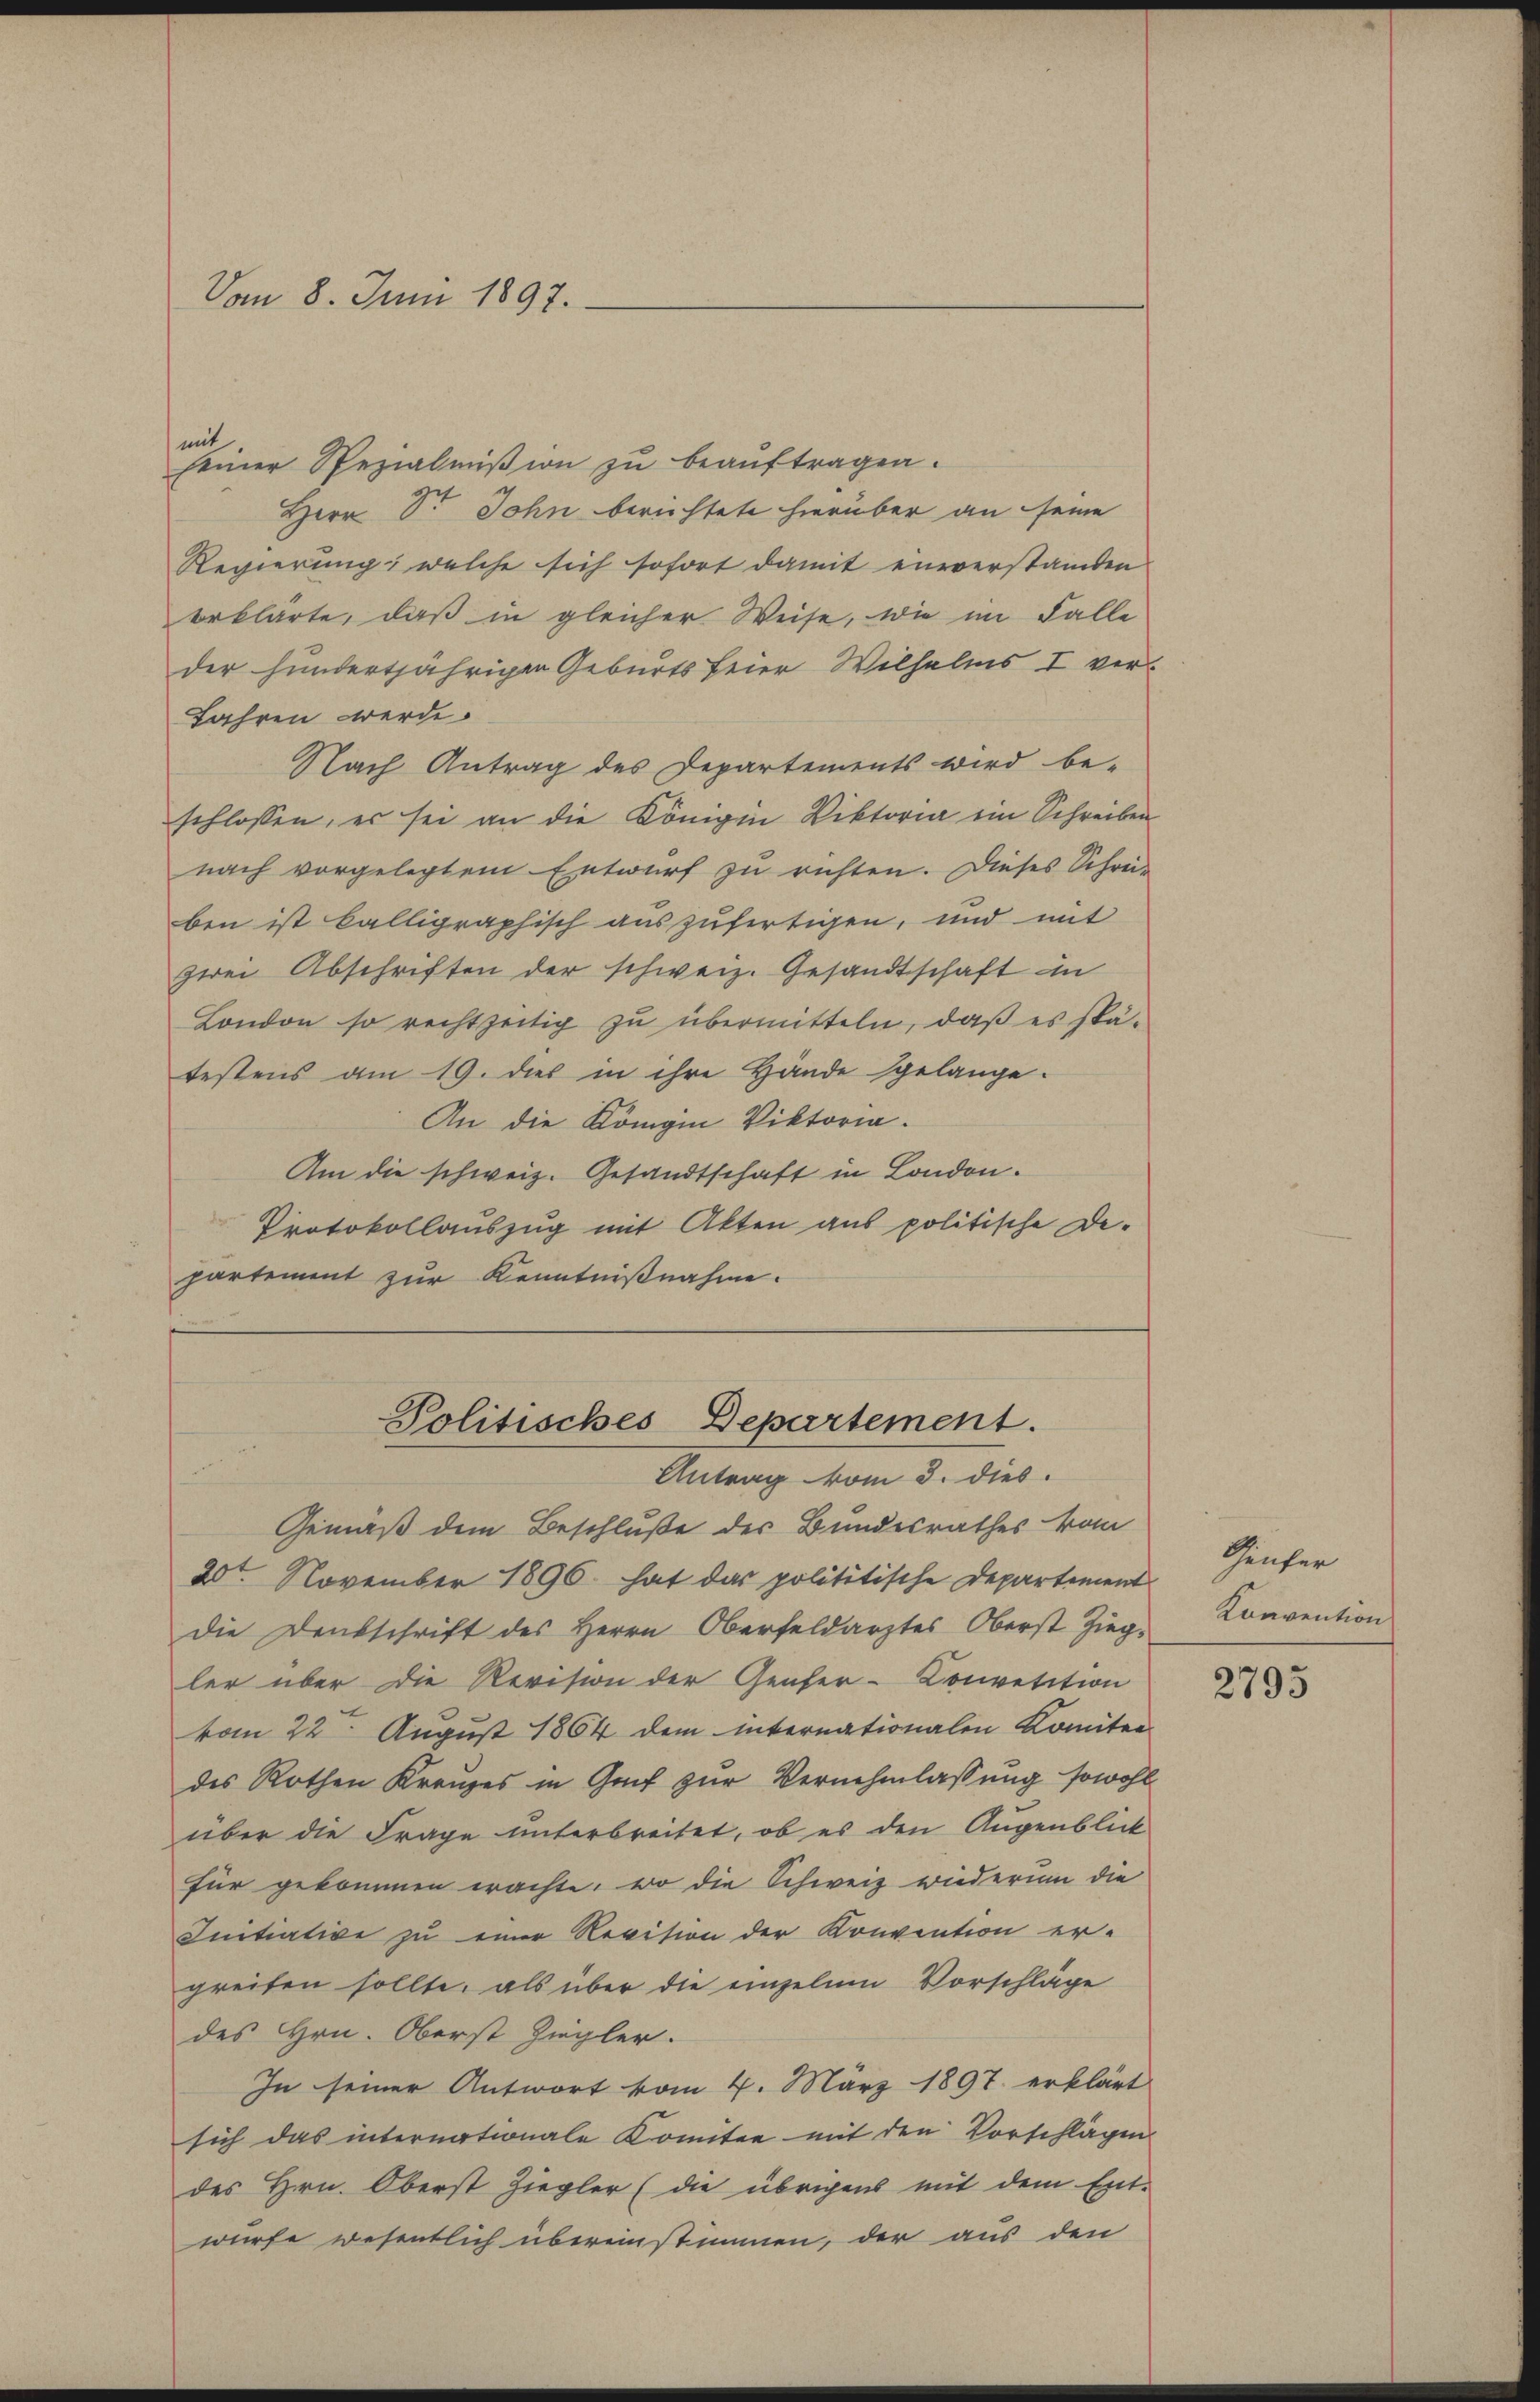
Vom 8. Juni 1897.

mit

seiner Spezialmißion zŭ beaŭftragen.
Herr Dr. John berüchtete hierüber an seine
Regierung, welche sich sofort damit einverstanden
erklärte, daß in gleicher Weise, wie im Falle
der hundertjährigen Geburtsfeier Wilhelms I ver¬
Jahren werde.
Nach Antrag des Departements wird be-
schlossen, es sei an die Königin Viktoria ein Schreiben
nach vorgelegtem Entwurf zu richten. Dieses Schon-
ben ist balligraphisch auszufertigen, und mit
zwei Abschriften der schweiz. Gesandtschaft in
London so rechtzeitig zu übermitteln, daß es spätestens am 19. dies in ihre Hände gelange-
An die Königin Viktoria.
Am die schweiz. Gesandtschaft in London.
Protokollauszug mit Akten aus politische De-
partement zur Kenntnißnahme.

Politisches Departement.
Antrag vom 3. dies

Gemäß dem Beschluße des Bundesrathes vom
20t. November 1896. hat das polititische Departement
die Denkschrift des Herrn Oberfeldarztes Oberst Zieg-
ler über die Revision der Genfer-Convetition
vom 22. August 1864 dem internationalen Komitee
des Rothen Kranzes in Graf zur Vernehmlassung sowohl
über die Frage unterbreitet, ob es den Augenblick
für gekommen wachte, wo die Schweiz wiederum die
Initiative zu einer Revision der Konvention er-
greifen sollte, als über die einzelnen Vorschläge
des Hrn. Oberst Ziegler.
In seiner Antwort vom 4. März 1897 erklärt
sich das internationale Komitee mit den Vorschlägen
des Hrn. Oberst Ziegler (die übrigens mit dem Ent-
würfe wesentlich übereinstimmen, der aus den

Genfer
Konvention

2795